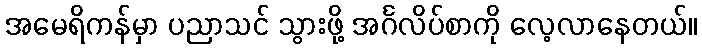
အမေရိကန်မှာ ပညာသင် သွားဖို့ အင်္ဂလိပ်စာကို လေ့လာနေတယ်။